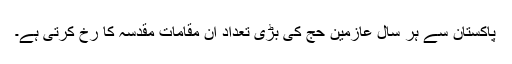
پاکستان سے ہر سال عازمین حج کی بڑی تعداد اِن مقامات مقدسہ کا رُخ کرتی ہے۔